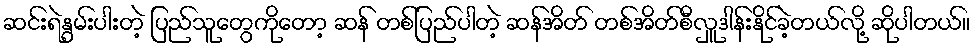
ဆင်းရဲနွမ်းပါးတဲ့ ပြည်သူတွေကိုတော့ ဆန် တစ်ပြည်ပါတဲ့ ဆန်အိတ် တစ်အိတ်စီလှူဒါန်းနိုင်ခဲ့တယ်လို့ ဆိုပါတယ်။